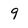
Character: 9